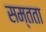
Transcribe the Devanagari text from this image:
सम्तता